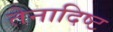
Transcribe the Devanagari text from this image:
तेनादिष्ट